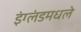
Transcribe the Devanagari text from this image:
इंग्लंडमधले